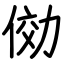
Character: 俲